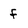
Character: f